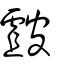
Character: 皻